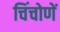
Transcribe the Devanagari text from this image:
चिंचोणें